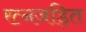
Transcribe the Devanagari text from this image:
रत्नजड़ित